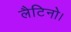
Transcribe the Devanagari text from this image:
लैटिनो।